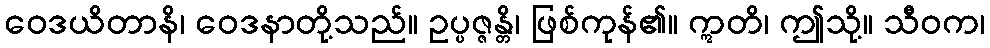
ဝေဒယိတာနိ၊ ဝေဒနာတို့သည်။ ဥပ္ပဇ္ဇန္တိ၊ ဖြစ်ကုန်၏။ ဣတိ၊ ဤသို့။ သီဝက၊